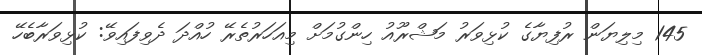
145 މިލިޔަން ރުފިޔާގެ ކުޅިވަރު މަޝްރޫއު ހިންގުމަށް މިއަހަރުތެރޭ ހުއްދަ ދެވިފައިވޭ: ކުޅިވަރާބެހޭ